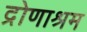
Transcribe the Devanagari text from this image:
द्रोणाश्रम